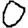
Digit: 0